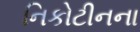
નિકોટીનના